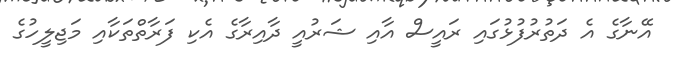
އޭނާގެ އެ ދަތުރުފުޅުގައި ރައީސް އާއި ޝަރުއީ ދާއިރާގެ އެކި ފަރާތްތަކާއި މަޖިލީހުގެ